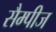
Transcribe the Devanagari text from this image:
सैम्पीज